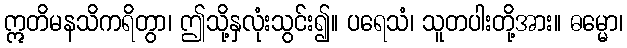
ဣတိမနသိကရိတွာ၊ ဤသို့နှလုံးသွင်း၍။ ပရေသံ၊ သူတပါးတို့အား။ ဓမ္မော၊